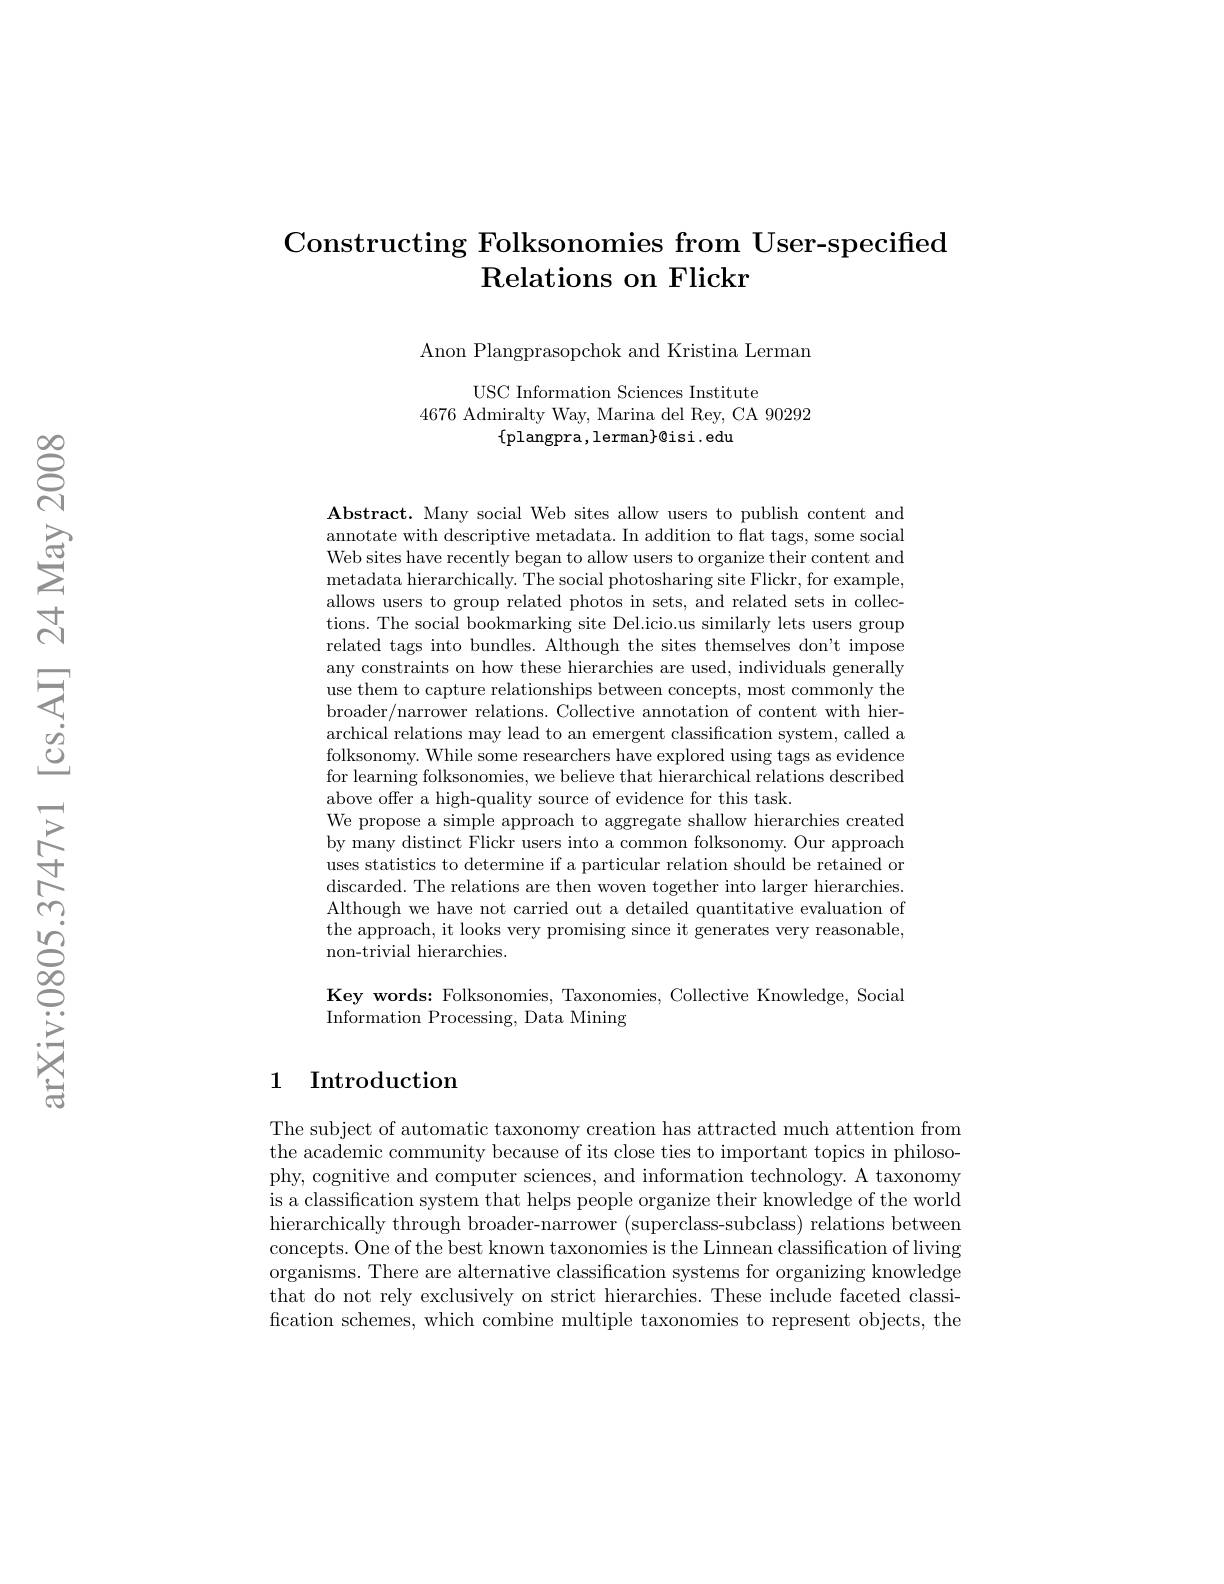
## Constructing Folksonomies from User-specified $\textbf{Relations on Flickr}$

Anon Plangprasopchok and Kristina Lerman

USC Information Sciences Institute
4676 Admiralty Way, Marina del Rey, CA 90292
$\{$plangpra,lerman$\}\otimes$isi.edu

$\mathbf{Abstract.~Many~social~Web~sites~allow~users~to~publish~content~and}$ annotate with descriptive metadata. In addition to flat tags, some social Web sites have recently began to allow users to organize their content and metadata hierarchically. The social photosharing site Flickr, for example, allows users to group related photos in sets, and related sets in collections. The social bookmarking site Del.icio.us similarly lets users group related tags into bundles. Although the sites themselves don't impose any constraints on how these hierarchies are used, individuals generally use them to capture relationships between concepts, most commonly the broader/narrower relations. Collective annotation of content with hierarchical relations may lead to an emergent classification system, called a folksonomy. While some researchers have explored using tags as evidence for learning folksonomies, we believe that hierarchical relations described above offer a high-quality source of evidence for this task
We propose a simple approach to aggregate shallow hierarchies created by many distinct Flickr users into a common folksonomy. Our approach uses statistics to determine if a particular relation should be retained or discarded. The relations are then woven together into larger hierarchies. Although we have not carried out a detailed quantitative evaluation of the approach, it looks very promising since it generates very reasonable, non-trivial hierarchies.

Key words: Folksonomies, Taxonomies, Collective Knowledge, Social
Information Processing, Data Mining

### 1 Introduction

The subject of automatic taxonomy creation has attracted much attention from the academic community because of its close ties to important topics in philosophy, cognitive and computer sciences, and information technology. A taxonomy is a classification system that helps people organize their knowledge of the world hierarchically through broader-narrower (superclass-subclass) relations between concepts. One of the best known taxonomies is the Linnean classification of living organisms. There are alternative classification systems for organizing knowledge that do not rely exclusively on strict hierarchies. These include faceted classification schemes, which combine multiple taxonomies to represent objects, the